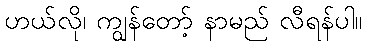
ဟယ်လို၊ ကျွန်တော့် နာမည် လီရန်ပါ။